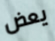
يعض